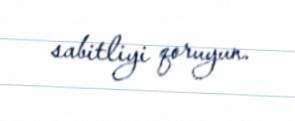
sabitliyi qoruyun.